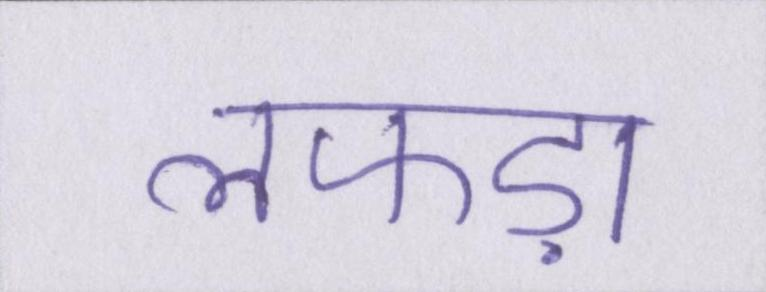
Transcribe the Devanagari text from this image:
लफड़ा